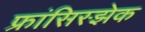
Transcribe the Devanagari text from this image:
फ्रांसिस्झेक